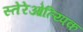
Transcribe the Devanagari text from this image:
स्तेरेओत्य्पिक